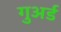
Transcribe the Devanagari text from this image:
गुअर्ड